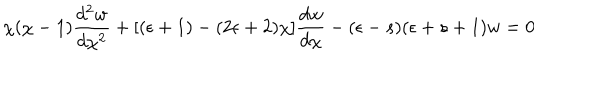
LaTeX: \chi ( \chi - 1 ) \frac { d ^ { 2 } w } { d \chi ^ { 2 } } + [ ( \epsilon + 1 ) - ( 2 \epsilon + 2 ) \chi ] \frac { d w } { d \chi } - ( \epsilon - s ) ( \epsilon + s + 1 ) w = 0